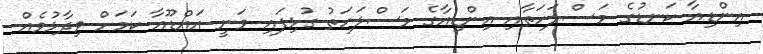
އިންޑިއާ ކަނޑުގެ މަސްލަހަތާއި އިންޑިއާގެ މަސްލަހަތު ގުޅިފައި ވަނީ އައްޑޫއާ ކަމަށް ވިދާޅުވެއް